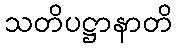
သတိပဋ္ဌာနာတိ